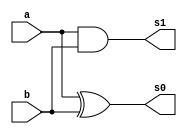
// ------------------------- 
// Exemplo0021 - somador 
// Nome: Luhan Mairinck 
// ------------------------- 
// ------------------------- 
// somador_gate 
// ------------------------- 

module adder (output  s0, output s1,
input  a, 
input  b);

xor XOR1 (s0,a,b);
and AND1 (s1,a,b);

endmodule//adder

module fulladder (output  s0, output s1,
input  a, 
input  b,
input  c);
wire x,y,z;

adder AD1 (x,y,a,b);
adder AD2 (s0,z,x,c);
or OR1 (s1,z,y);

endmodule//fulladder

module somador (output  s0, output  s1, output  s2, output  s3,
input  [3:0] a, 
input  [3:0] b,
input c);

wire w,p,q,r;

fulladder FA1(s0,w,a[0],b[0],c);
fulladder FA2(s1,p,a[1],b[1],w);
fulladder FA3(s2,q,a[2],b[2],p);
fulladder FA4(s3,r,a[3],b[3],q);

endmodule//somador

module test_somador; 
// ------------------------- definir dados 
reg [3:0] y,z;  
reg c;
wire g,h,i,j;
somador modulo1 (g,h,i,j,y,z,c);
// ------------------------- parte principal 
initial begin 
$display("Exemplo0021 - Luhan Mairinck - 446987"); 
$display("Test LU's module"); 
y = 4'b0000; z = 4'b0000; c = 'b0;
// projetar testes do modulo 
#1 $monitor("%4b  %4b  %4b = %4b%4b%4b%4b ",z,y,c,j,i,h,g);
#1 y = 4'b0001; z = 4'b0000; c = 'b0;
#1 y = 4'b0001; z = 4'b0001; c = 'b0;
#1 y = 4'b0010; z = 4'b0001; c = 'b0;
#1 y = 4'b0010; z = 4'b0010; c = 'b0;
#1 y = 4'b0011; z = 4'b0010; c = 'b0;
#1 y = 4'b0011; z = 4'b0011; c = 'b0;
#1 y = 4'b0100; z = 4'b0011; c = 'b0;
#1 y = 4'b0100; z = 4'b0100; c = 'b0;
#1 y = 4'b0101; z = 4'b0100; c = 'b0;
#1 y = 4'b0101; z = 4'b0101; c = 'b0;
#1 y = 4'b0110; z = 4'b0101; c = 'b0;
#1 y = 4'b0110; z = 4'b0110; c = 'b0;
#1 y = 4'b0111; z = 4'b0110; c = 'b0;
#1 y = 4'b0111; z = 4'b0111; c = 'b0;
#1 y = 4'b1000; z = 4'b0111; c = 'b0;
#1 y = 4'b1000; z = 4'b1000; c = 'b0;
#1 y = 4'b1001; z = 4'b1000; c = 'b0;
#1 y = 4'b1001; z = 4'b1001; c = 'b0;
#1 y = 4'b1010; z = 4'b1001; c = 'b0;
#1 y = 4'b1010; z = 4'b1010; c = 'b0;
#1 y = 4'b1011; z = 4'b1010; c = 'b0;
#1 y = 4'b1011; z = 4'b1011; c = 'b0;
#1 y = 4'b1100; z = 4'b1011; c = 'b0;
#1 y = 4'b1100; z = 4'b1100; c = 'b0;
#1 y = 4'b1101; z = 4'b1100; c = 'b0;
#1 y = 4'b1101; z = 4'b1101; c = 'b0;
#1 y = 4'b1110; z = 4'b1101; c = 'b0;
#1 y = 4'b1110; z = 4'b1110; c = 'b0;
#1 y = 4'b1111; z = 4'b1110; c = 'b0;
#1 y = 4'b1111; z = 4'b1111; c = 'b0;
end 
endmodule // test_somador